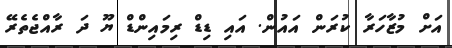
އަށް މުޒާހަރާ ކުރަން އަައުން. އައި ޑިޑް ރިމައިންޑް ޔޫ ދަ ރާއްޖެތެރޭ